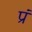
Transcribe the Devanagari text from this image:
प्रं